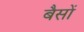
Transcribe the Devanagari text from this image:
बैसों